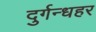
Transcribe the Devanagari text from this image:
दुर्गन्धहर